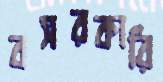
বসরকারি